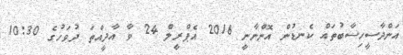
އަންދާސީހިސާބުތައް ކެނޑުން އޮންނާނީ 2016 އެޕްރީލް 24 ވާ އާދީއްތަ ދުވަހުގެ 10:30